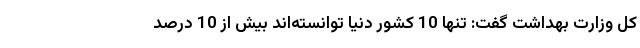
کل وزارت بهداشت گفت: تنها 10 کشور دنیا توانسته‌اند بیش از 10 درصد